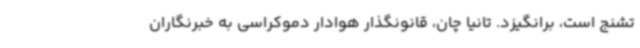
تشنج است، برانگیزد. تانیا چان، قانونگذار هوادار دموکراسی به خبرنگاران